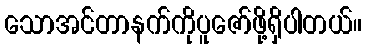
သောအင်တာနက်ကိုပူဇော်ဖို့ရှိပါတယ်။